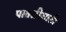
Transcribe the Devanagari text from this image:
पातळीसाठी